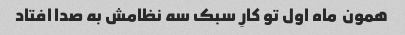
همون  ماه اول تو کارِ سبک سه نظامش به صدا افتاد